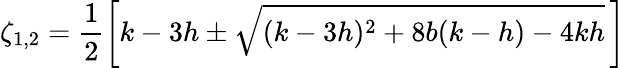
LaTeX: \zeta_{1,2}=\frac{1}{2}\left[k-3h\pm\sqrt{(k-3h)^{2}+8b(k-h)-4kh}\, \right]